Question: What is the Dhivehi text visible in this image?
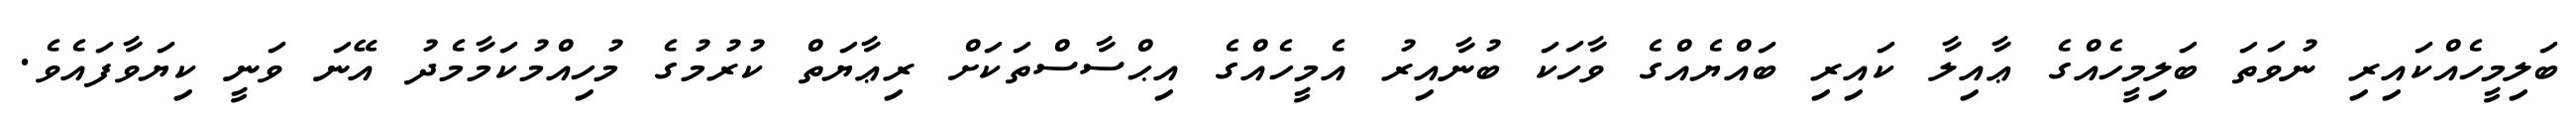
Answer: ބަލިމީހެއްކައިރި ނުވަތަ ބަލިމީހެއްގެ ޢާއިލާ ކައިރި ބައްޔެއްގެ ވާހަކަ ބުނާއިރު އެމީހެއްގެ އިޙްސާސްތަކަށް ރިޢާޔަތް ކުރުމުގެ މުހިއްމުކަމާމެދު އޭނަ ވަނީ ކިޔަވާފައެވެ.